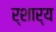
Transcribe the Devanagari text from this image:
र्शार्य